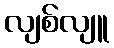
လျစ်လျူ